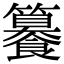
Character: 䉵